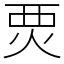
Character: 䙳